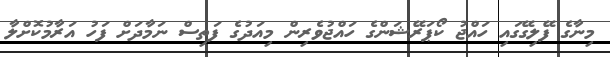
މިނާގެ ފޭލިގޭގައި ހައްޖު ކޯޕަރޭޝަންގެ ހައްޖުވެރިން މިއަދުގެ ފަތިސް ނަމާދަށް ފަހު އަރާމުކޮށްލާ